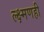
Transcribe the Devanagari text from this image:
ल्क्ष्मणही